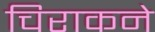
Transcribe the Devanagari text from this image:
चिराकने